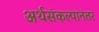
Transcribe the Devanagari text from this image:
अर्थसंकल्पानंतर